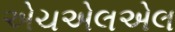
એચએલએલ